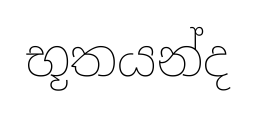
භූතයන්ද